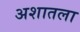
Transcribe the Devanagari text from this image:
अशातला